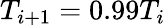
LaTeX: T_{i+1}=0.99T_{i}